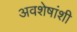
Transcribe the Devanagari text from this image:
अवशेषांशी